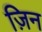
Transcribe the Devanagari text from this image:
ज़िन